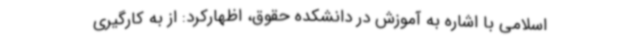
اسلامی با اشاره به آموزش در دانشکده حقوق، اظهارکرد: از به کارگیری